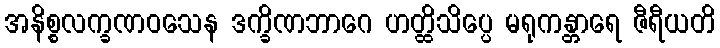
အနိစ္စလက္ခဏဝသေန ဒက္ခိဏဘာဂေ ဟတ္ထိသိပ္ပေ မရုကန္တာရေ ဇီရီယတိ